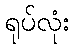
ရုပ်လုံး